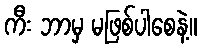
ကီး ဘာမှ မဖြစ်ပါစေနဲ့။